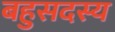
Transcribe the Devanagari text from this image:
बहुसदस्य